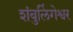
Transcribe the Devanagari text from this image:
शंबुलिंगेश्वर